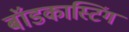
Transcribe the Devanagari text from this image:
बॉडकास्टिंग